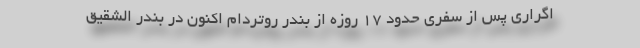
اگراری پس از سفری حدود ۱۷ روزه از بندر روتردام اکنون در بندر الشقیق